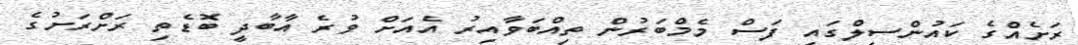
ރަށެއްގެ ކައުންސިލްގައި ފަސް މެމްބަރުން ތިއްބަވާއިރު އެއަށް ވުރެ އާބާދީ ބޮޑެތި ރަށްރަށުގެ